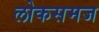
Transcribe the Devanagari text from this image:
लोकसमज